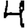
Digit: 4